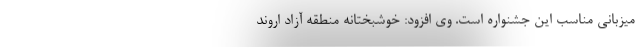
میزبانی مناسب این جشنواره است. وی افزود: خوشبختانه منطقه آزاد اروند